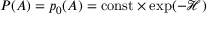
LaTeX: P ( A ) = p _ { 0 } ( A ) = { \mathrm { c o n s t } } \times \exp ( - { \mathcal { H } } )